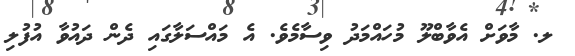
ލ. މާވަށް އެވާބްލޫ މުހައްމަދު ވިސާމެވެ. އެ މައްސަލާގައި ދެން ދައުވާ އުފުލި